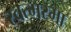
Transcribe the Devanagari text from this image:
स्वत्मरमा